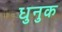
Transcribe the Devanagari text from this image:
धुनुक